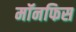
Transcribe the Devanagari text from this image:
मॉनफिस